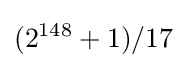
(2^{148}+1)/17